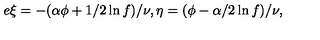
e \xi = - ( \alpha \phi + 1 / 2 \ln f ) / \nu , \eta = ( \phi - \alpha / 2 \ln f ) / \nu ,